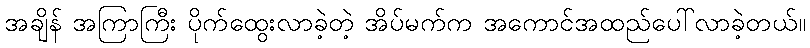
အချိန် အကြာကြီး ပိုက်ထွေးလာခဲ့တဲ့ အိပ်မက်က အကောင်အထည်ပေါ်လာခဲ့တယ်။